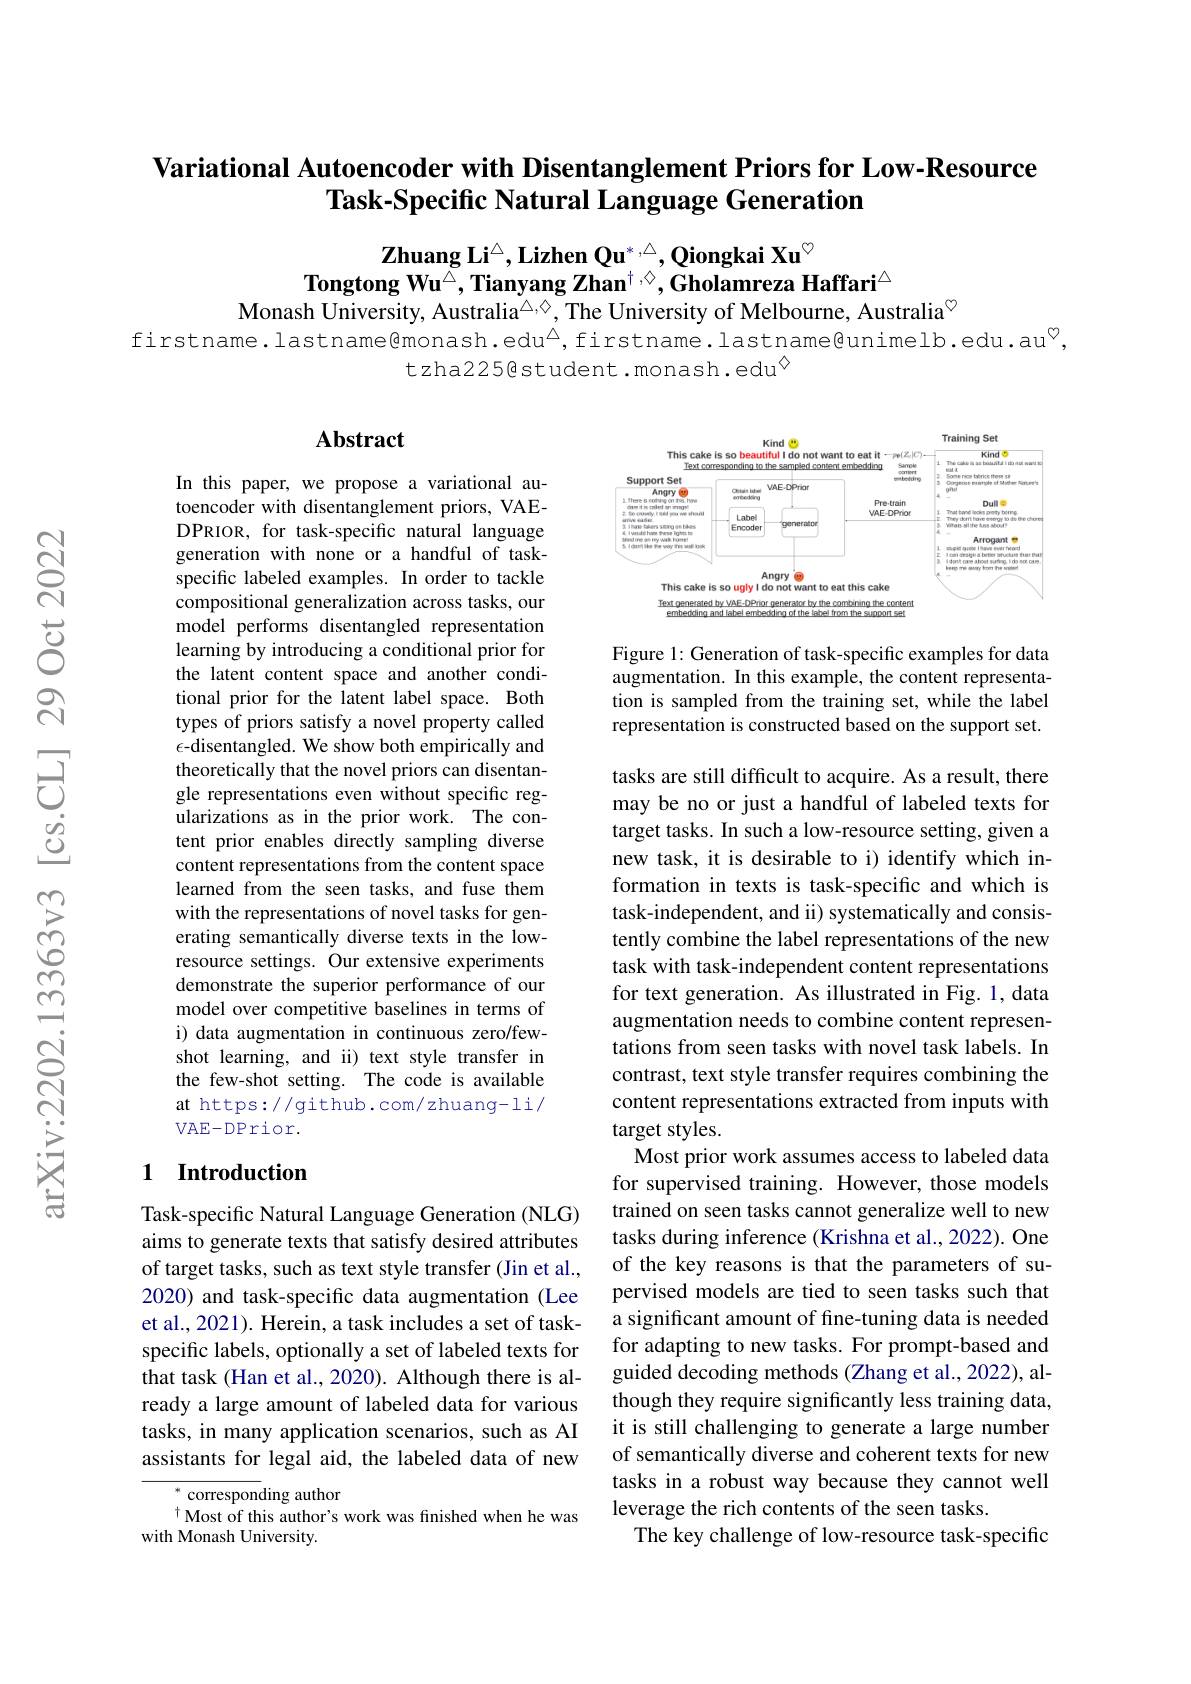
# Variational Autoencoder with Disentanglement Priors for Low-Resource Task-Specific Natural Language Generation

Zhuang Li$^{\textcircled{\mathrm{A}}}$,Lizhen Qu$^*,\xrightarrow{\textcircled{\mathrm{A}}},\textbf{Qiongkai Xu}^{\circ}$
$\textbf{Tongtong Wu}^{\textcircled{\Delta}},\textbf{Tianyang Zhan}^{\dagger,\textcircled{\diamond}},\textbf{Gholamreza Haffari}^{\triangle}$
Monash University, Australia$^{\triangle,\Diamond}$, The University of Melbourne, Australia$^{\textcircled{\mathrm{\gamma}}}$

firstname.lastname@monash.edu$^{\textcircled{\Delta}}$,firstname.lastname@unimelb.edu.au$^{\textcircled{\mathrm{V}}}$,
tzha225@student.monash.edu$^{\textcircled{\mathrm{s}}}$

## Abstract

<FigureHere>

Figure 1: Generation of task-specific examples for data augmentation. In this example, the content representation is sampled from the training set, while the label representation is constructed based on the support set.

In this paper, we propose a variational autoencoder with disentanglement priors, VAEDPRIOR, for task-specific natural language generation with none or a handful of taskspecific labeled examples. In order to tackle compositional generalization across tasks, our model performs disentangled representation learning by introducing a conditional prior for the latent content space and another conditional prior for the latent label space. Both types of priors satisfy a novel property called $\epsilon$-disentangled. We show both empirically and theoretically that the novel priors can disentangle representations even without specific regularizations as in the prior work. The content prior enables directly sampling diverse content representations from the content space learned from the seen tasks, and fuse them with the representations of novel tasks for generating semantically diverse texts in the lowresource settings. Our extensive experiments demonstrate the superior performance of our model over competitive baselines in terms of i) data augmentation in continuous zero/fewshot learning, and ii) text style transfer in the few-shot setting. The code is available at https://github.com/zhuang-li/ VAE-DPrior.

tasks are still difficult to acquire. As a result, there may be no or just a handful of labeled texts for target tasks. In such a low-resource setting, given a new task, it is desirable to i) identify which information in texts is task-specific and which is task-independent, and ii) systematically and consistently combine the label representations of the new task with task-independent content representations for text generation. As illustrated in Fig. 1, data augmentation needs to combine content representations from seen tasks with novel task labels. In contrast, text style transfer requires combining the content representations extracted from inputs with target styles.
Most prior work assumes access to labeled data for supervised training. However, those models trained on seen tasks cannot generalize well to new tasks during inference (Krishna et al., 2022). One of the key reasons is that the parameters of supervised models are tied to seen tasks such that a significant amount of fine-tuning data is needed for adapting to new tasks. For prompt-based and guided decoding methods (Zhang et al., 2022), although they require significantly less training data, it is still challenging to generate a large number of semantically diverse and coherent texts for new tasks in a robust way because they cannot well leverage the rich contents of the seen tasks.
The key challenge of low-resource task-specific

## 1 Introduction

Task-specific Natural Language Generation (NLG) aims to generate texts that satisfy desired attributes of target tasks, such as text style transfer (Jin et al., 2020) and task-specific data augmentation (Lee et al., 2021). Herein, a task includes a set of taskspecific labels, optionally a set of labeled texts for that task (Han et al., 2020). Although there is already a large amount of labeled data for various tasks, in many application scenarios, such as AI assistants for legal aid, the labeled data of new

$^{*}$corresponding author
$^{\dagger}$Most of this author's work was finished when he was
with Monash University.